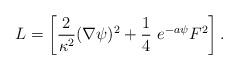
LaTeX: \begin{align*}L=\left[{2\over \kappa^{2}}(\nabla \psi)^{2}+{1\over 4}\ e^{-a \psi}F^{2}\right].\end{align*}